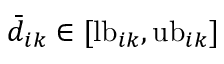
\bar { d } _ { i k } \in [ \mathrm { l b } _ { i k } , \mathrm { u b } _ { i k } ]